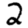
Digit: 2